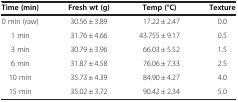
| Time (min) | Fresh wt (g) | Temp (°C) | Texture |
 | --- | --- | --- | --- |
 | 0 min (raw) | 30.56 ± 3.89 | 17.22 ± 2.47 | 0.0 |
 | 1 min | 31.76 ± 4.66 | 43.755 ± 9.17 | 0.5 |
 | 3 min | 30.79 ± 3.96 | 66.03 ± 5.52 | 1.5 |
 | 6 min | 31.87 ± 4.58 | 76.06 ± 7.33 | 2.5 |
 | 10 min | 35.73 ± 4.39 | 84.90 ± 4.27 | 4.0 |
 | 15 min | 35.02 ± 3.72 | 90.42 ± 2.34 | 5.0 |